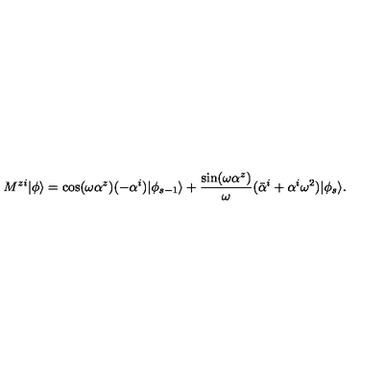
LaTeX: M ^ { z i } | \phi \rangle = \cos ( \omega \alpha ^ { z } ) ( - \alpha ^ { i } ) | \phi _ { s - 1 } \rangle + \frac { \sin ( \omega \alpha ^ { z } ) } { \omega } ( \bar { \alpha } ^ { i } + \alpha ^ { i } \omega ^ { 2 } ) | \phi _ { s } \rangle .